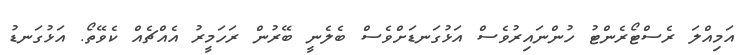
އަމިއްލަ ރެސްޓޯރެންޓު ހުންނައިރުވެސް އަޅުގަނޑަށްވެސް ބެލެނީ ބޭރުން ރަހަމީރު އެއްޗެއް ކެވޭތޯ. އަޅުގަނޑު